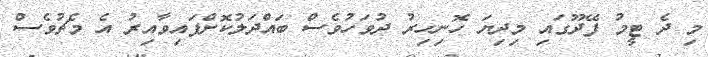
މި ދެ ޓީމު ފޭދޫގައި މިދިޔަ ހޮނިހިރު ދުވަހުވެސް ބައްދަލުކޮށްފައިވާއިރު އެ މެޗުވެސް